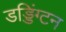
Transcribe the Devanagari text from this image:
डड्डिंग्टन